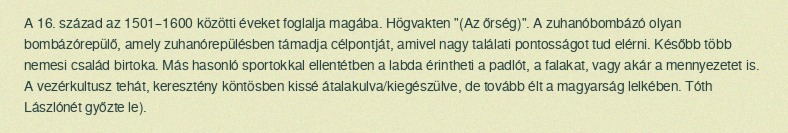
A 16. század az 1501–1600 közötti éveket foglalja magába. Högvakten "(Az őrség)". A zuhanóbombázó olyan bombázórepülő, amely zuhanórepülésben támadja célpontját, amivel nagy találati pontosságot tud elérni. Később több nemesi család birtoka. Más hasonló sportokkal ellentétben a labda érintheti a padlót, a falakat, vagy akár a mennyezetet is. A vezérkultusz tehát, keresztény köntösben kissé átalakulva/kiegészülve, de tovább élt a magyarság lelkében. Tóth Lászlónét győzte le).